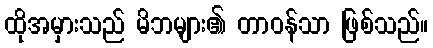
ထိုအမှားသည် မိဘများ၏ တာဝန်သာ ဖြစ်သည်။